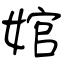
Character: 婠